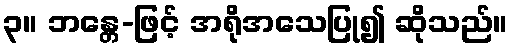
၃။ ဘန္တေ-ဖြင့် အရိုအသေပြု၍ ဆိုသည်။